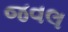
જવલ